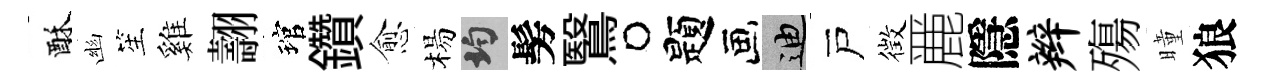
酥幽笙雞翿琯鑽愈楊均髣鷖题迪戸徴䴡隱辫殤曈狼